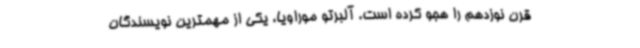
قرن نوزدهم را هجو کرده است. آلبرتو موراویا، یکی از مهمترین نویسندگان